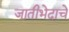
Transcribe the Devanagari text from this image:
जातीभेदाचे